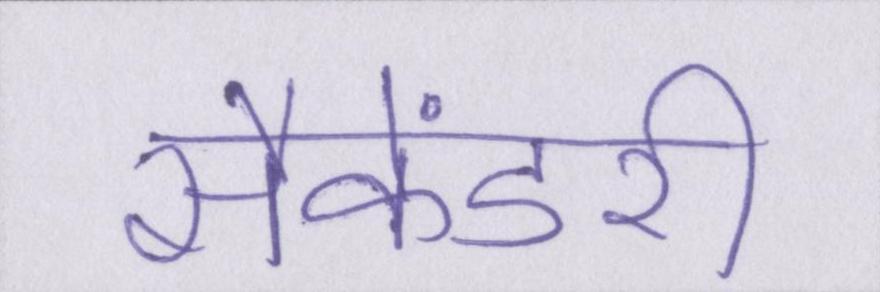
सैकेंडरी